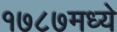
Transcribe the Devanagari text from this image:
१७८७मध्ये